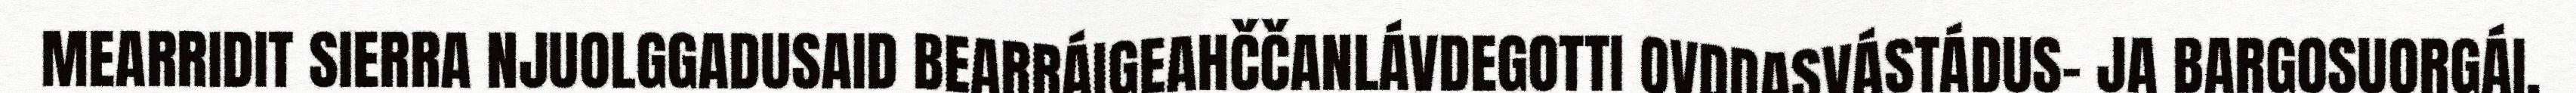
MEARRIDIT SIERRA NJUOLGGADUSAID BEARRÁIGEAHČČANLÁVDEGOTTI OVDDASVÁSTÁDUS- JA BARGOSUORGÁI.